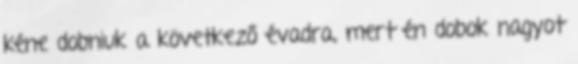
kéne dobniuk a következő évadra, mert én dobok nagyot